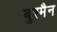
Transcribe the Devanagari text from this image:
बुश्मैन